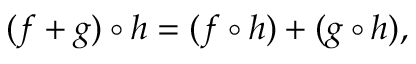
( f + g ) \circ h = ( f \circ h ) + ( g \circ h ) ,